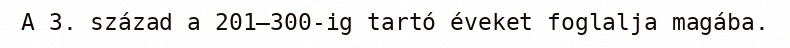
A 3. század a 201–300-ig tartó éveket foglalja magába.